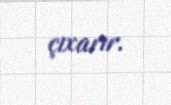
çıxarır.